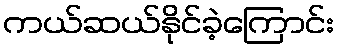
ကယ်ဆယ်နိုင်ခဲ့ကြောင်း